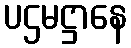
ပဌမဋ္ဌာနေ